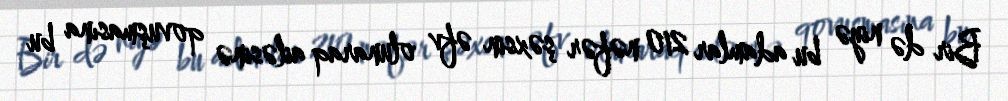
Bir də niyə bu adamlar 210 nəfər şəxsin əfv olunaraq ailəsinə qovuşmasına bu